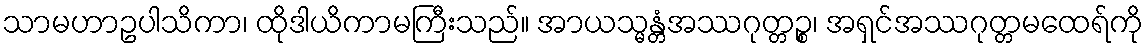
သာမဟာဥပါသိကာ၊ ထိုဒါယိကာမကြီးသည်။ အာယသ္မန္တံအဿဂုတ္တဉ္စ၊ အရှင်အဿဂုတ္တမထေရ်ကို